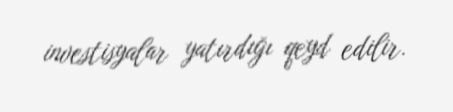
investisyalar yatırdığı qeyd edilir.